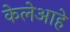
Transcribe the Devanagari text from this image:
केलेआहे